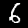
Digit: 6